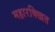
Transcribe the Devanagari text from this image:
महारक्खित